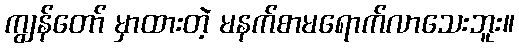
ကျွန်တော် မှာထားတဲ့ မနက်စာမရောက်လာသေးဘူး။